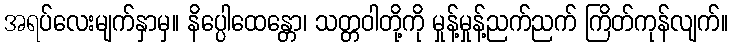
အရပ်လေးမျက်နှာမှ။ နိပ္ပေါထေန္တော၊ သတ္တဝါတို့ကို မှုန့်မှုန့်ညက်ညက် ကြိတ်ကုန်လျက်။